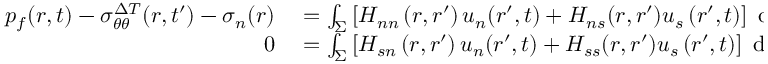
\begin{array} { r l } { p _ { f } ( r , t ) - \sigma _ { \theta \theta } ^ { \Delta T } ( r , t ^ { \prime } ) - \sigma _ { n } ( r ) } & { { } = \int _ { \Sigma } \left[ H _ { n n } \left( r , r ^ { \prime } \right) u _ { n } ( r ^ { \prime } , t ) + H _ { n s } ( r , r ^ { \prime } ) u _ { s } \left( r ^ { \prime } , t \right) \right] \mathrm { ~ d ~ } r ^ { \prime } } \\ { 0 } & { { } = \int _ { \Sigma } \left[ H _ { s n } \left( r , r ^ { \prime } \right) u _ { n } ( r ^ { \prime } , t ) + H _ { s s } ( r , r ^ { \prime } ) u _ { s } \left( r ^ { \prime } , t \right) \right] \mathrm { ~ d ~ } r ^ { \prime } } \end{array}